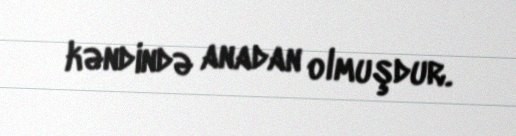
kəndində anadan olmuşdur.